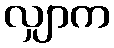
လျှာက